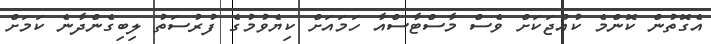
އެގޮތުން ކޮންމެ ކުއްޖަކަށް ވެސް މާސްޓާސްއާ ހަމައަށް ކިޔެވުމުގެ ފުރުސަތު ލިބިގެންދާނެ ކަމަށް